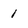
Character: 1